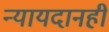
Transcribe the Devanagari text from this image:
न्यायदानही